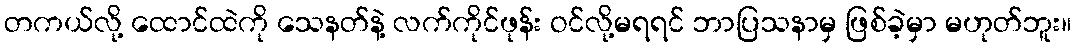
တကယ်လို့ ထောင်ထဲကို သေနတ်နဲ့ လက်ကိုင်ဖုန်း ဝင်လို့မရရင် ဘာပြသနာမှ ဖြစ်ခဲ့မှာ မဟုတ်ဘူး။